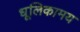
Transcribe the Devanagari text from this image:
धूलिकामय